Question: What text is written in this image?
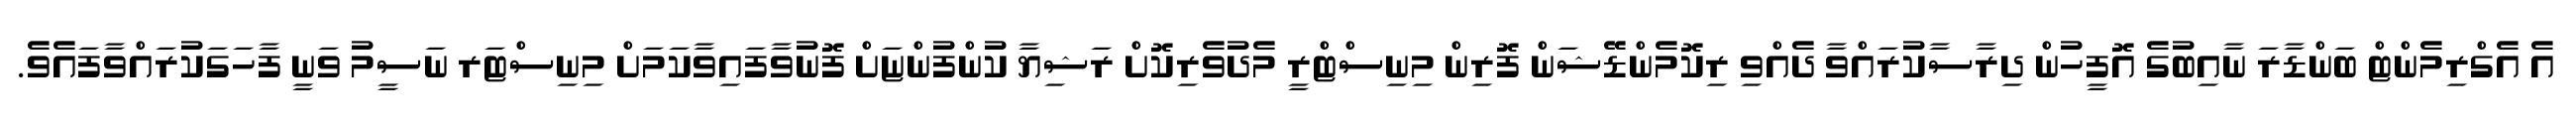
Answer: އެ އެގްރިމެންޓް ބަންޑާރަ ނާއިބުގެ އޮފީހުން ދިރާސާކުރައްވާ ދެއްވި ރިކޮމެންޑޭޝަން ފޮރިން މިނިސްޓްރީ މެދުވެރިކޮށް ރަޝިޔާ ކުންފުންޏަށް ފޮނުވާފައިވާކަމަށް މިނިސްޓަރ ނަސީމު ވަނީ ފާހަގަކުރައްވާފައެވެ.